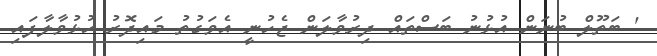
' ބަތޫލް ބުނަން އުޅުނު ބަސްތައް ދިރުވާލަން ޖެހުނީ އެވަގުތު މައިދޮރު ހުޅުވާލާފައި